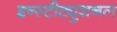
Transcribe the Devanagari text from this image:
इन्स्टीट्युशनल